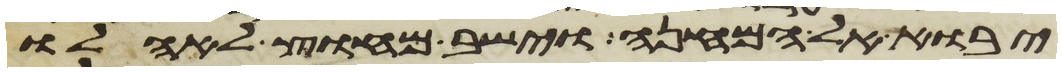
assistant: יבוא אל המחנה וישב מחוץ לאהלו